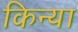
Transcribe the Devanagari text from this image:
किन्या